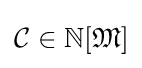
{\mathcal {C}}\in \mathbb {N} [{\mathfrak {M}}]